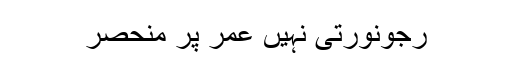
رجونورتی نہیں عمر پر منحصر